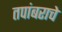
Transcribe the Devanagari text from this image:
तपांबराचे